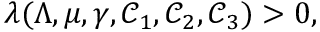
\lambda ( \Lambda , \mu , \gamma , \mathcal { C } _ { 1 } , \mathcal { C } _ { 2 } , \mathcal { C } _ { 3 } ) > 0 ,